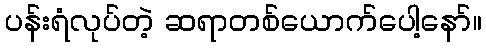
ပန်းရံလုပ်တဲ့ ဆရာတစ်ယောက်ပေါ့နော်။